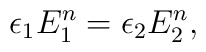
\epsilon_1 E_1^n = \epsilon_2 E_2^n,